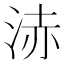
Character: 浾